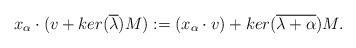
LaTeX: \begin{align*} x_{\alpha} \cdot (v + ker(\overline{\lambda})M):= (x_{\alpha} \cdot v) + ker(\overline{\lambda + \alpha})M.\end{align*}